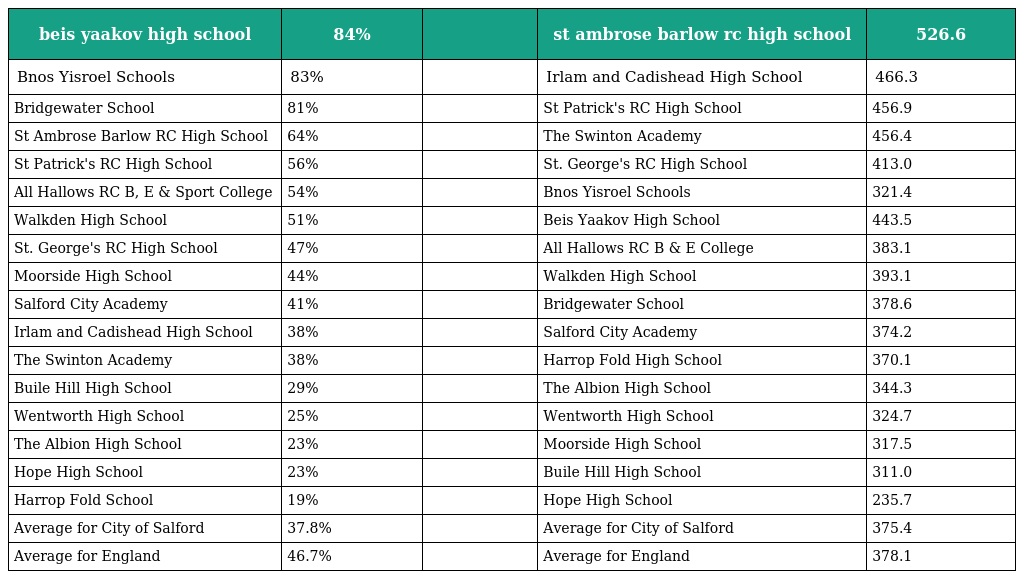
| beis yaakov high school | 84% |  | st ambrose barlow rc high school | 526.6 |
 | --- | --- | --- | --- | --- |
 | Bnos Yisroel Schools | 83% |  | Irlam and Cadishead High School | 466.3 |
 | Bridgewater School | 81% |  | St Patrick's RC High School | 456.9 |
 | St Ambrose Barlow RC High School | 64% |  | The Swinton Academy | 456.4 |
 | St Patrick's RC High School | 56% |  | St. George's RC High School | 413.0 |
 | All Hallows RC B, E & Sport College | 54% |  | Bnos Yisroel Schools | 321.4 |
 | Walkden High School | 51% |  | Beis Yaakov High School | 443.5 |
 | St. George's RC High School | 47% |  | All Hallows RC B & E College | 383.1 |
 | Moorside High School | 44% |  | Walkden High School | 393.1 |
 | Salford City Academy | 41% |  | Bridgewater School | 378.6 |
 | Irlam and Cadishead High School | 38% |  | Salford City Academy | 374.2 |
 | The Swinton Academy | 38% |  | Harrop Fold High School | 370.1 |
 | Buile Hill High School | 29% |  | The Albion High School | 344.3 |
 | Wentworth High School | 25% |  | Wentworth High School | 324.7 |
 | The Albion High School | 23% |  | Moorside High School | 317.5 |
 | Hope High School | 23% |  | Buile Hill High School | 311.0 |
 | Harrop Fold School | 19% |  | Hope High School | 235.7 |
 | Average for City of Salford | 37.8% |  | Average for City of Salford | 375.4 |
 | Average for England | 46.7% |  | Average for England | 378.1 |